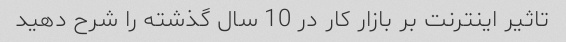
تاثیر اینترنت بر بازار کار در 10 سال گذشته را شرح دهید